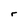
Character: r